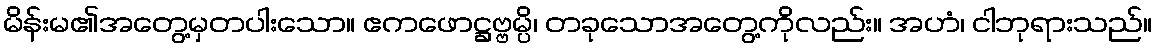
မိန်းမ၏အတွေ့မှတပါးသော။ ဧကဖောဋ္ဌဗ္ဗမ္ပိ၊ တခုသောအတွေ့ကိုလည်း။ အဟံ၊ ငါဘုရားသည်။